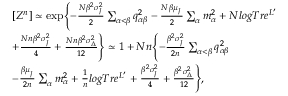
{ \footnotesize \begin{array} { r l } & { [ Z ^ { n } ] \simeq \exp \Biggl \{ - \frac { N \beta ^ { 2 } \sigma _ { _ { J } } ^ { 2 } } { 2 } \sum _ { \alpha < \beta } q _ { \alpha \beta } ^ { 2 } - \frac { N \beta \mu _ { _ { J } } } { 2 } \sum _ { \alpha } m _ { \alpha } ^ { 2 } + N l o g T r e ^ { L ^ { \prime } } } \\ & { + \frac { N n \beta ^ { 2 } \sigma _ { _ { J } } ^ { 2 } } { 4 } + \frac { N n \beta ^ { 2 } \sigma _ { _ { \Delta } } ^ { 2 } } { 1 2 } \Biggr \} \simeq 1 + N n \Biggl \{ - \frac { \beta ^ { 2 } \sigma _ { _ { J } } ^ { 2 } } { 2 n } \sum _ { \alpha < \beta } q _ { \alpha \beta } ^ { 2 } } \\ & { - \frac { \beta \mu _ { _ { J } } } { 2 n } \sum _ { \alpha } m _ { \alpha } ^ { 2 } + \frac { 1 } { n } l o g T r e ^ { L ^ { \prime } } + \frac { \beta ^ { 2 } \sigma _ { _ { J } } ^ { 2 } } { 4 } + \frac { \beta ^ { 2 } \sigma _ { _ { \Delta } } ^ { 2 } } { 1 2 } \Biggr \} , } \end{array} }